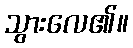
သွားလေ၏။